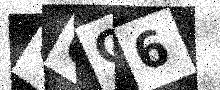
Text: G0Q6